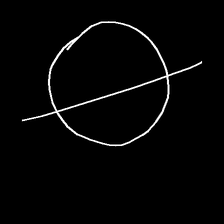
Glyph: orb